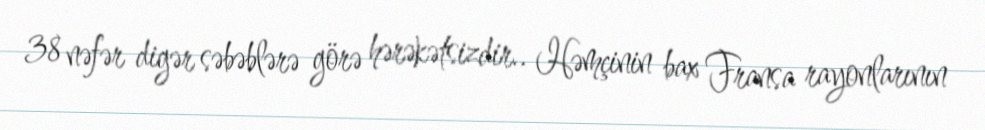
38 nəfər digər səbəblərə görə hərəkətsizdir.. Həmçinin bax Fransa rayonlarının